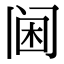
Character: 阃